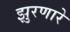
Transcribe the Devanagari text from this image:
झुरणारे